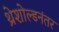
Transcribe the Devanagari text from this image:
थ्रेशोल्डनंतर